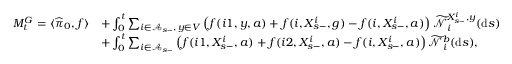
\begin{array} { r l } { M _ { t } ^ { G } = \langle \widehat { \pi } _ { 0 } , f \rangle } & { + \int _ { 0 } ^ { t } \sum _ { i \in \mathcal A _ { s - } , \, y \in V } \left( f ( i 1 , y , a ) + f ( i , X _ { s - } ^ { i } , g ) - f ( i , X _ { s - } ^ { i } , a ) \right) \widetilde { \mathcal N } _ { i } ^ { X _ { s - } ^ { i } , y } ( \mathrm { d } s ) } \\ & { + \int _ { 0 } ^ { t } \sum _ { i \in \mathcal A _ { s - } } \left( f ( i 1 , X _ { s - } ^ { i } , a ) + f ( i 2 , X _ { s - } ^ { i } , a ) - f ( i , X _ { s - } ^ { i } , a ) \right) \widetilde { \mathcal N } _ { i } ^ { b } ( \mathrm { d } s ) , } \end{array}